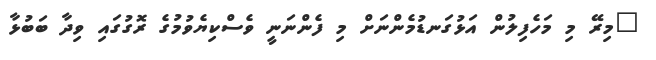
"މިރޭ މި މަހެފިލުން އަޅުގަނޑުމެންނަށް މި ފެންނަނީ ވެސްކިޔެވުމުގެ ރޮގުގައި ވިދާ ބަބުޅާ